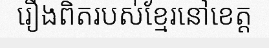
រឿងពិតរបស់ខ្មែរនៅខេត្ត